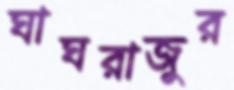
ঘাঘরাজুর